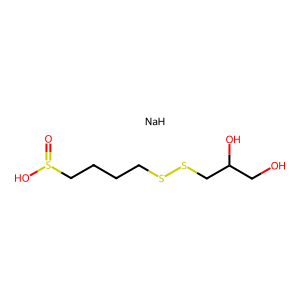
SMILES: O=S(O)CCCCSSCC(O)CO.[NaH]
Inhibits HIV replication: No